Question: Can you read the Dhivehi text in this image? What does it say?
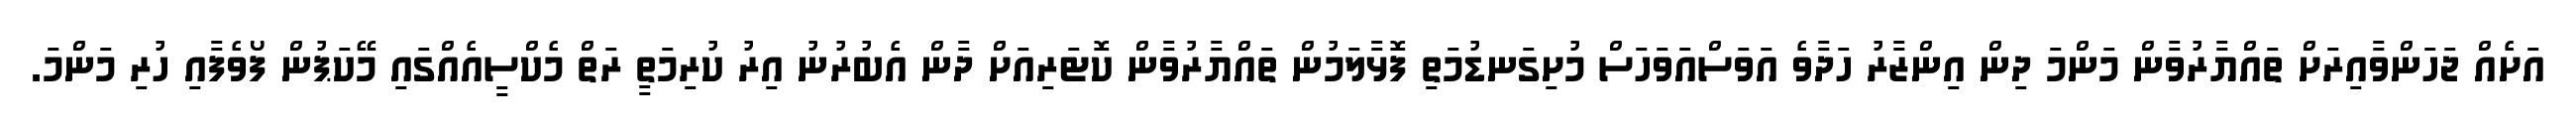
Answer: އަށެއް ޖަހަންވާއިރަށް ތައްޔާރުވާން މަންމަ ދިން އިންޒާރު ހަދާވެ އަވަސްއަވަހަސް މުށިގަނޑުމަތި ފޮޅާލަމުން ތައްޔާރުވާން ކޮޓަރިއަށް ދާން އެބުރުނު އިރު ކުރިމަތީ ރަތް މެކްސީއެއްގައި މޭކަޕުން ފޯވެފާއި ހުރި މަންމަ.